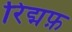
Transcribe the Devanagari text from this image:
रिद्मफ़